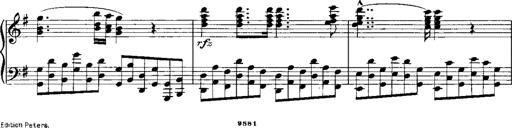
Title: RÃ©miniscences de Norma de Bellini
Composer: Franz Liszt